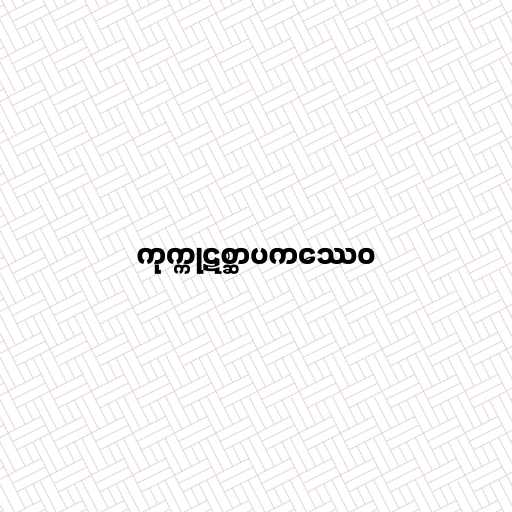
ကုက္ကုဋစ္ဆာပကဿေဝ